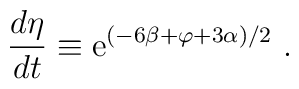
\frac{d\eta}{dt} \equiv  {\rm e}^{(-6\beta + \varphi +  3\alpha) /2} \ .